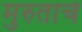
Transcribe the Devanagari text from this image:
मुरुताचे